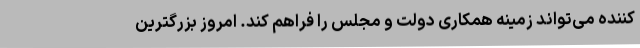
کننده می‌تواند زمینه همکاری دولت و مجلس را فراهم کند. امروز بزرگترین